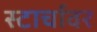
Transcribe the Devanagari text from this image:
स्टार्चावर